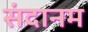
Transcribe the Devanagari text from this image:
संदानम